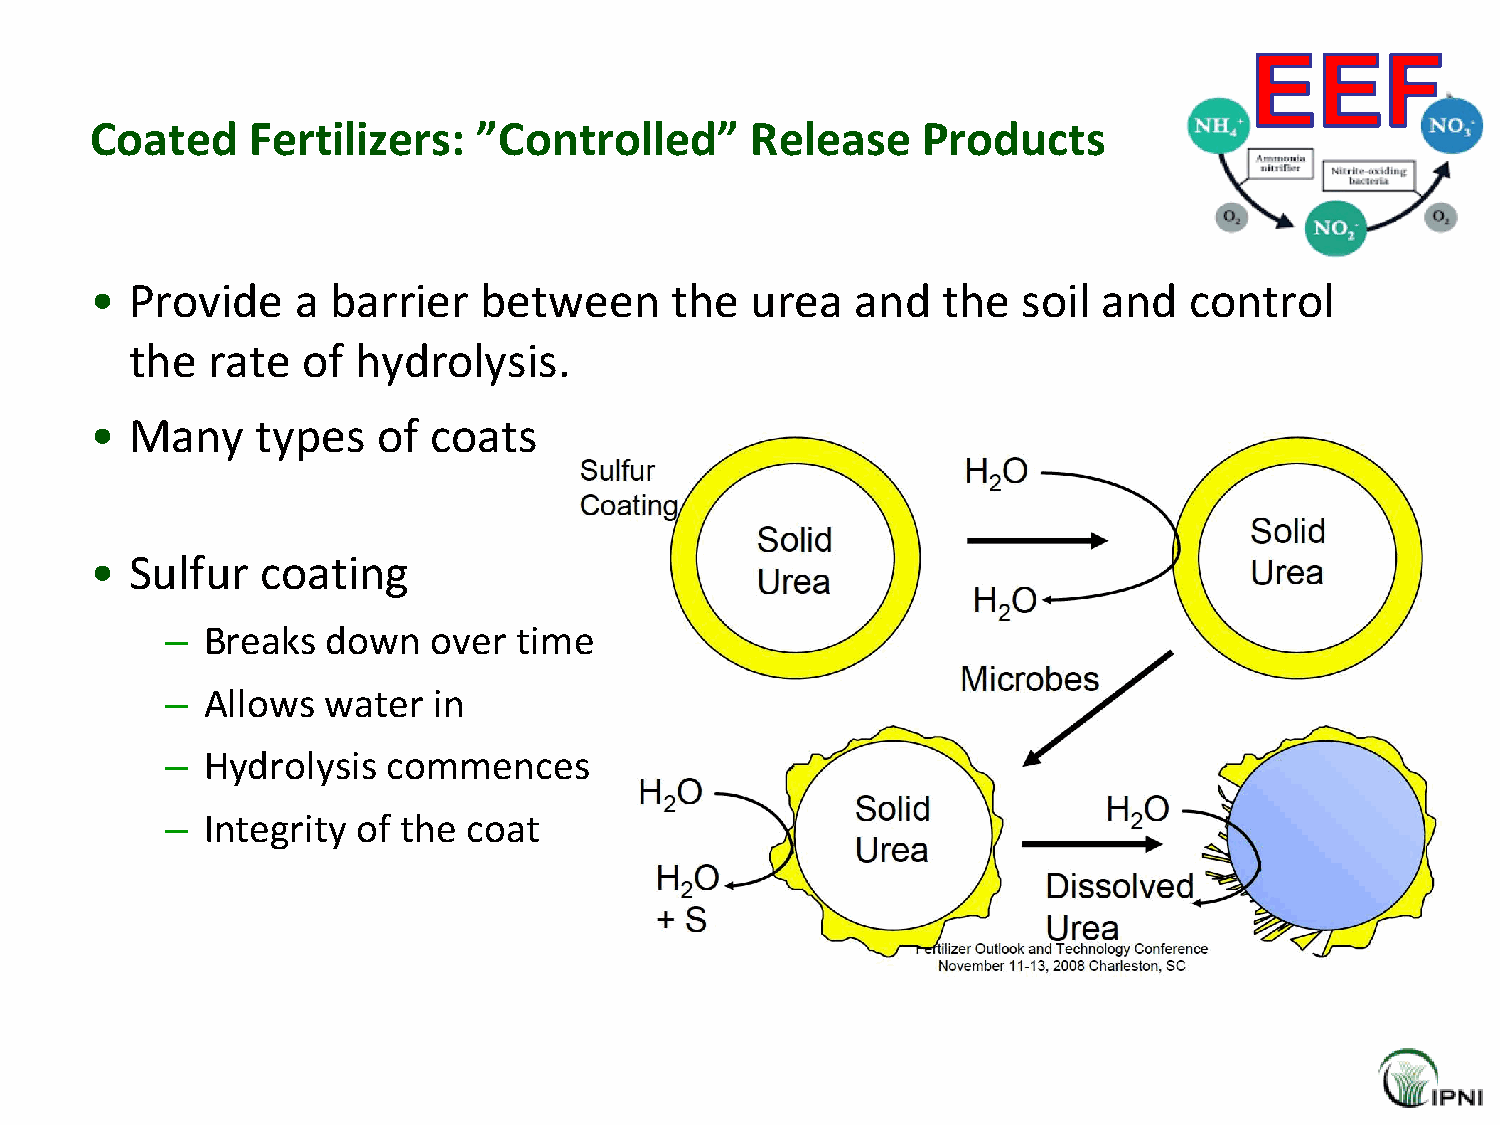
Coated    Fertilizers:    ”Controlled”      Release    Products
 •  Provide    a barrier   between     the   urea   and  the   soil and   control
 the  rate  of hydrolysis.
 •  Many    types   of coats
 •  Sulfur  coating
 – Breaks   down   over time
 – Allows  water   in
 – Hydrolysis   commences
 – Integrity  of the coat